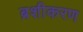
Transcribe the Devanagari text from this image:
ब्रशीकरण